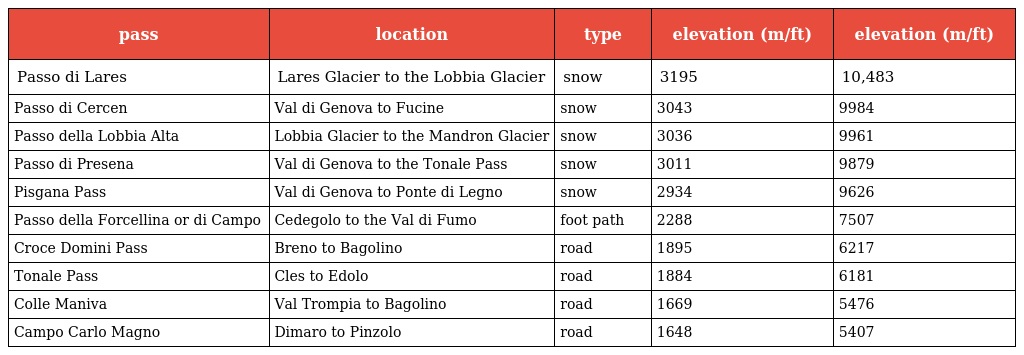
| pass | location | type | elevation (m/ft) | elevation (m/ft) |
 | --- | --- | --- | --- | --- |
 | Passo di Lares | Lares Glacier to the Lobbia Glacier | snow | 3195 | 10,483 |
 | Passo di Cercen | Val di Genova to Fucine | snow | 3043 | 9984 |
 | Passo della Lobbia Alta | Lobbia Glacier to the Mandron Glacier | snow | 3036 | 9961 |
 | Passo di Presena | Val di Genova to the Tonale Pass | snow | 3011 | 9879 |
 | Pisgana Pass | Val di Genova to Ponte di Legno | snow | 2934 | 9626 |
 | Passo della Forcellina or di Campo | Cedegolo to the Val di Fumo | foot path | 2288 | 7507 |
 | Croce Domini Pass | Breno to Bagolino | road | 1895 | 6217 |
 | Tonale Pass | Cles to Edolo | road | 1884 | 6181 |
 | Colle Maniva | Val Trompia to Bagolino | road | 1669 | 5476 |
 | Campo Carlo Magno | Dimaro to Pinzolo | road | 1648 | 5407 |